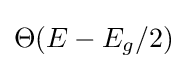
\Theta (E-E_{g}/2)